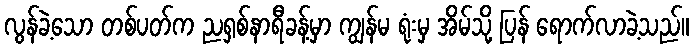
လွန်ခဲ့သော တစ်ပတ်က ညရှစ်နာရီခန့်မှာ ကျွန်မ ရုံးမှ အိမ်သို့ ပြန် ရောက်လာခဲ့သည်။